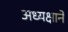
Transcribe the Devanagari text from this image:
अध्यक्षाने